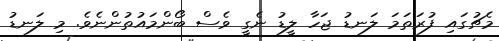
މެޗުގައި ފުރަތަމަ ލަނޑު ޖަހާ ލީޑު ނެގީ ވެސް ބޯންމައުތުންނެވެ. މި ލަނޑު